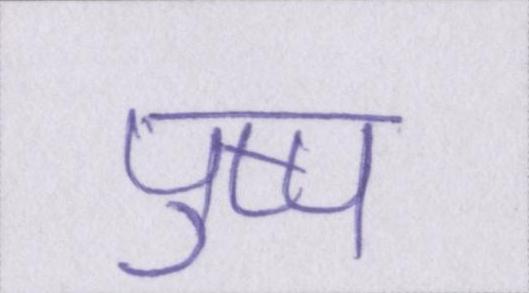
पुष्प